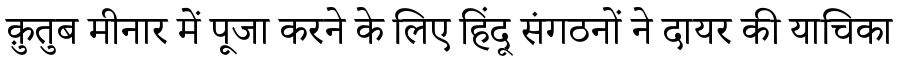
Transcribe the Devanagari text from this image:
क़ुतुब मीनार में पूजा करने के लिए हिंदू संगठनों ने दायर की याचिका